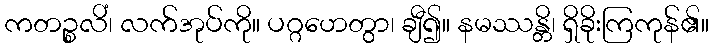
ကတဉ္စလိံ၊ လက်အုပ်ကို။ ပဂ္ဂဟေတွာ၊ ချီ၍။ နမဿန္တိ၊ ရှိခိုးကြကုန်၏။